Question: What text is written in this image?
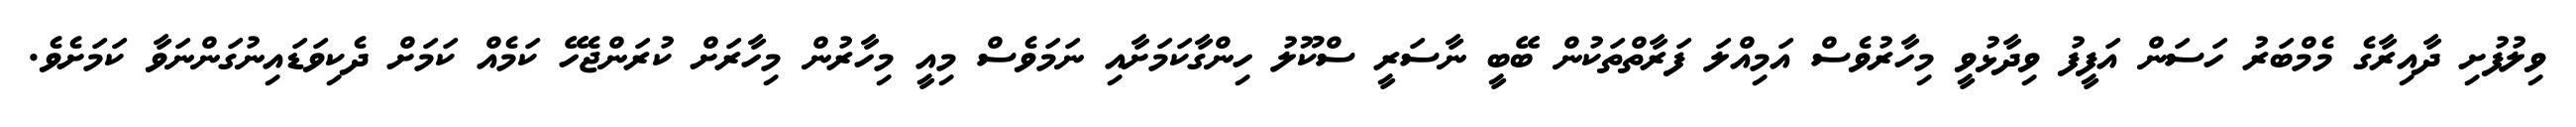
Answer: ވިލުފުށި ދާއިރާގެ މެމްބަރު ހަސަން އަފީފު ވިދާޅުވީ މިހާރުވެސް އަމިއްލަ ފަރާތްތަކުން ބޭބީ ނާސަރީ ސްކޫލު ހިންގާކަމަށާއި ނަމަވެސް މިއީ މިހާރުން މިހާރަށް ކުރަންޖެހޭ ކަމެއް ކަމަށް ދެކިވަޑައިނުގަންނަވާ ކަމަށެވެ.